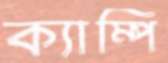
ক্যাম্পি